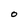
Character: O